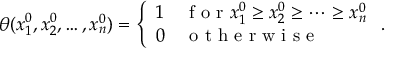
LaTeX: \theta ( x _ { 1 } ^ { 0 } , x _ { 2 } ^ { 0 } , \ldots , x _ { n } ^ { 0 } ) = \left\{ \begin{array} { l l } { { 1 } } & { { \textrm { f o r } x _ { 1 } ^ { 0 } \ge x _ { 2 } ^ { 0 } \ge \cdots \ge x _ { n } ^ { 0 } } } \\ { { 0 } } & { { \textrm { o t h e r w i s e } } } \end{array} \right. .